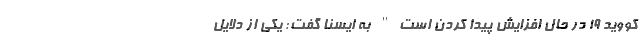
کووید ۱۹ در حال افزایش پیدا کردن است" به ایسنا گفت: یکی از دلایل